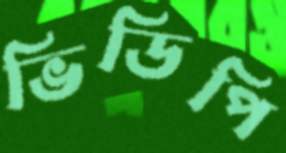
ভিডিপি